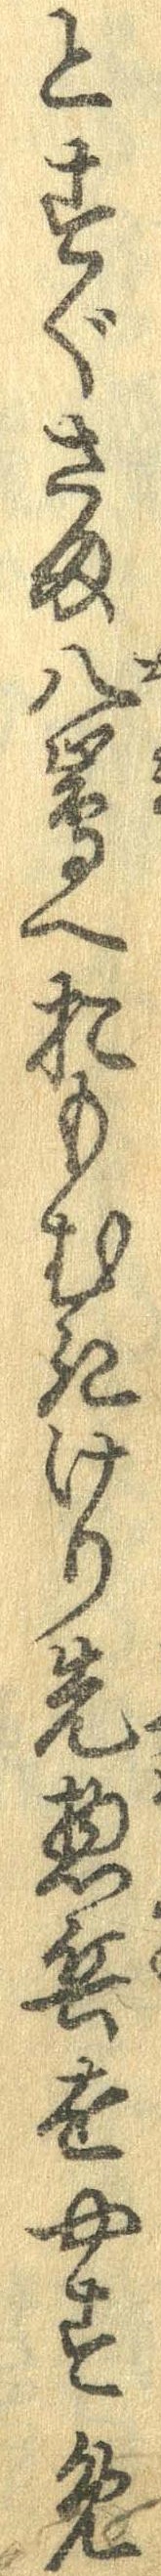
とすぐさま八島へおもむきけり先惣兵をやすめ